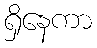
ရှိနေကာ